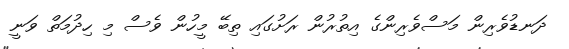
ދަނޑުވެރިން މަސްވެރިންގެ އިތުރުން ރަށުގައި ތިބޭ މީހުން ވެސް މި ހިދުމަތް ވަނީ